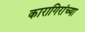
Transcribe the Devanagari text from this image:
कारागिरांच्या